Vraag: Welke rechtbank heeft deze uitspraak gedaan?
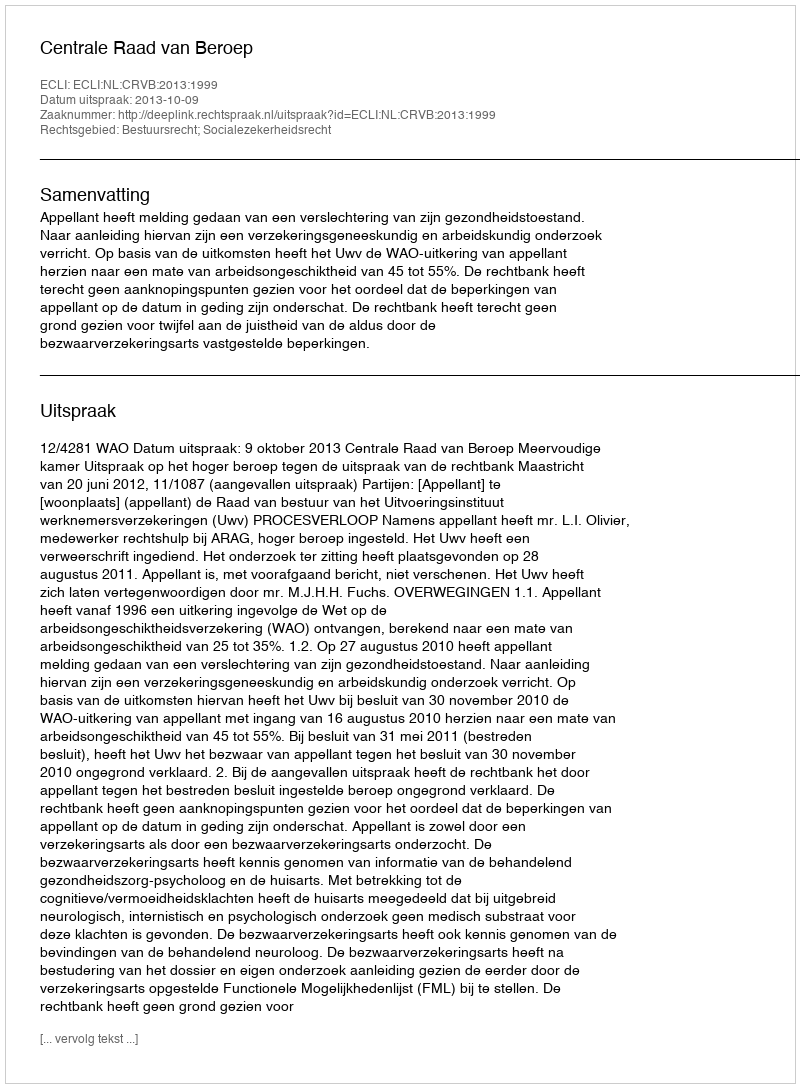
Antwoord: Centrale Raad van Beroep